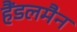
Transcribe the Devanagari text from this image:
हैंडलमैन